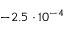
- 2 . 5 \cdot 1 0 ^ { - 4 }